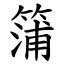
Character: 䈬